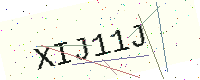
Text: XIJ11J